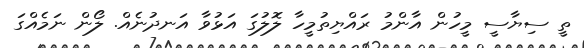
ތީ ސިޔާސީ މީހުން އާންމު ރައްޔިތުމީހާ ލޮލުގަ އަޅުވާ އަނދުނެއް. ލޯން ނަމެއްގަ